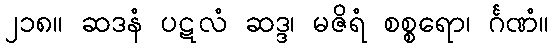
၂၁၈။ ဆဒနံ ပဋလံ ဆဒ္ဒ၊ မဇိရံ စစ္စရော၊ င်္ဂဏံ။